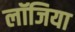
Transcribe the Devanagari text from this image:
लॉजिया